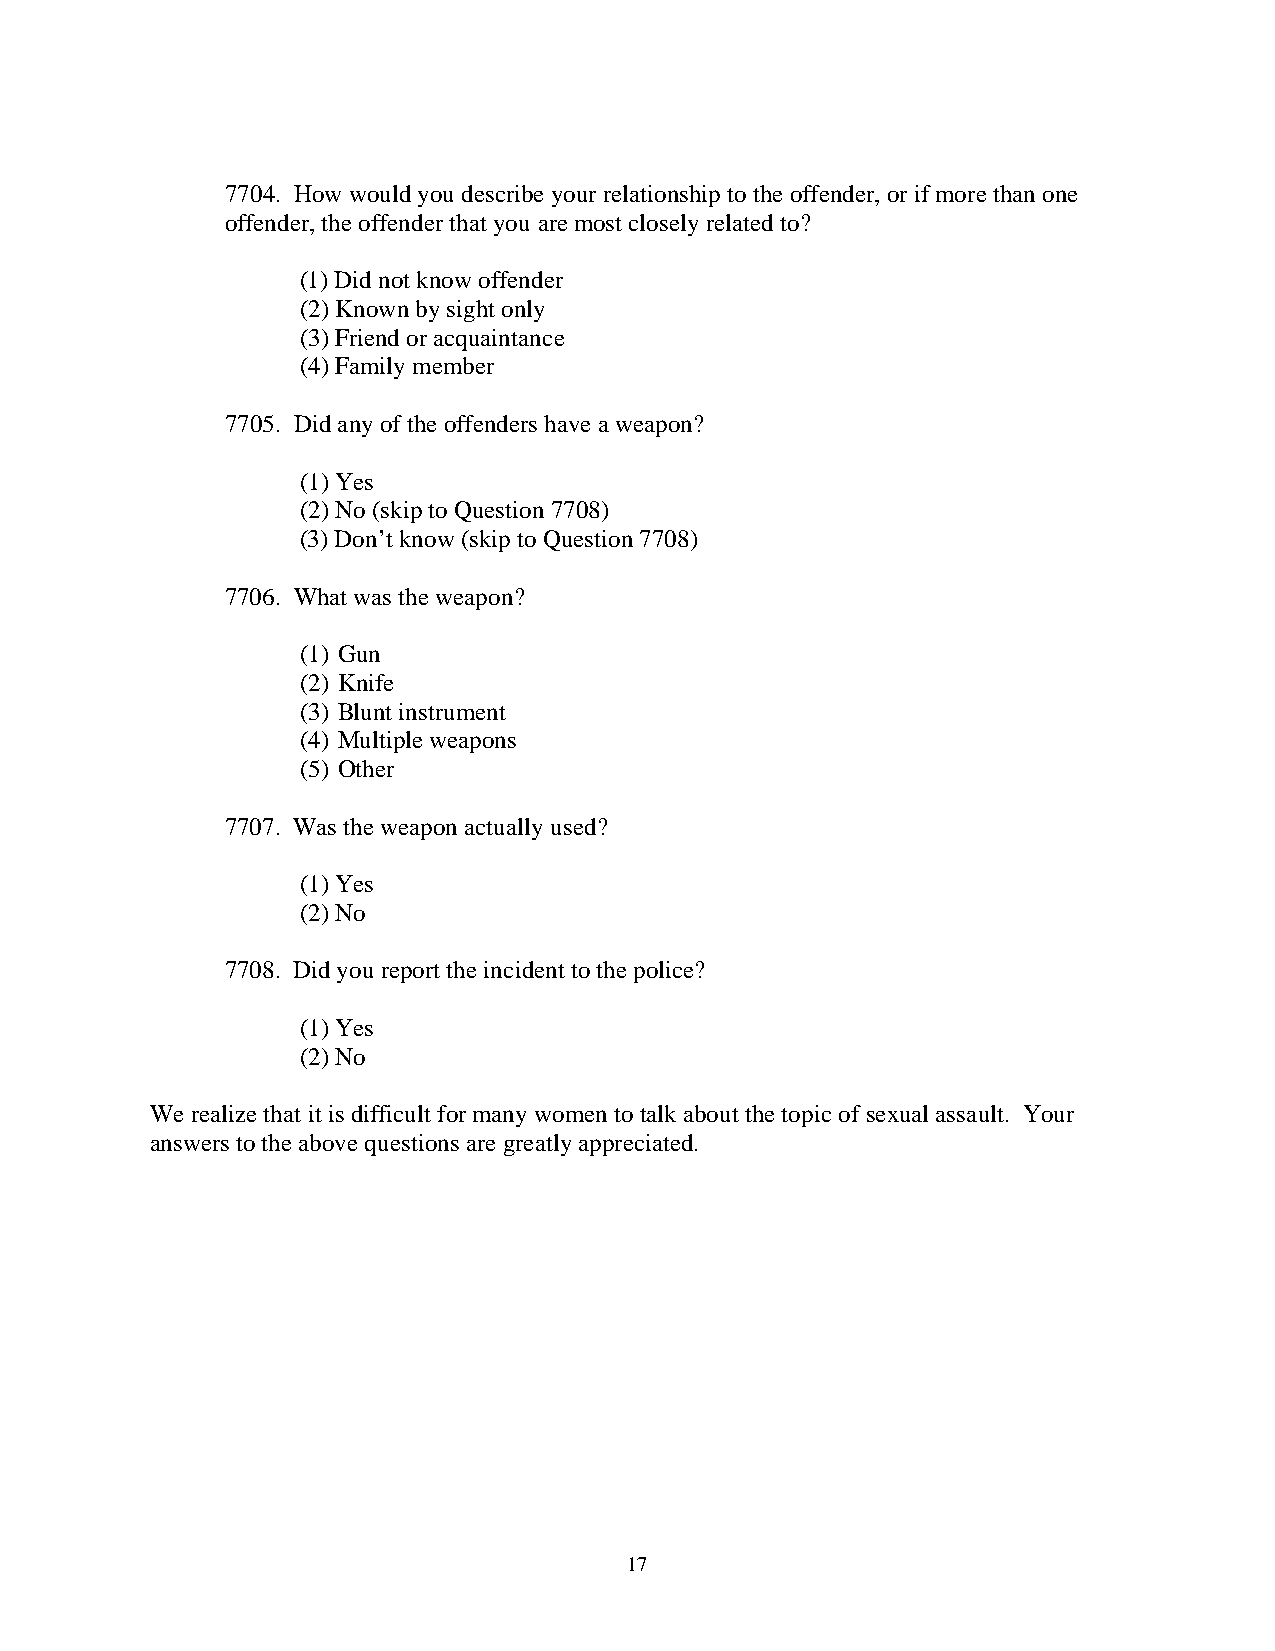
7704. How would you describe your relationship to the offender, or if more than one
 offender, the offender that you are most closely related to?
 (1) Did not know offender
 (2) Known by sight only
 (3) Friend or acquaintance
 (4) Family member
 7705. Did any of the offenders have a weapon?
 (1) Yes
 (2) No (skip to Question 7708)
 (3) Don’t know (skip to Question 7708)
 7706. What was the weapon?
 (1) Gun
 (2) Knife
 (3) Blunt instrument
 (4) Multiple weapons
 (5) Other
 7707. Was the weapon actually used?
 (1) Yes
 (2) No
 7708. Did you report the incident to the police?
 (1) Yes
 (2) No
 We realize that it is difficult for many women to talk about the topic of sexual assault. Your
 answers to the above questions are greatly appreciated.
 17